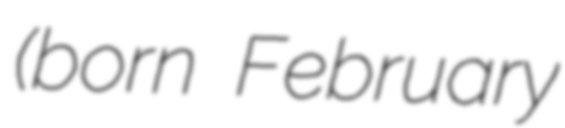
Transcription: (born February